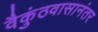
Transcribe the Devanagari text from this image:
वैकुंठवासानंतर